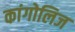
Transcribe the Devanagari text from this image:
कांगोलिज